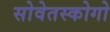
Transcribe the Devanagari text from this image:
सोवेतस्कोगो